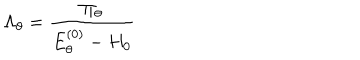
\Lambda _ { \theta } = \frac { \Pi _ { \theta } } { E _ { \theta } ^ { ( 0 ) } - H _ { 0 } }